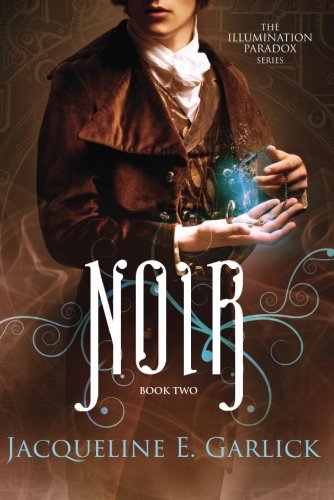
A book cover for Noir (The Illumination Paradox); Jacqueline E. Garlick; Science Fiction & Fantasy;